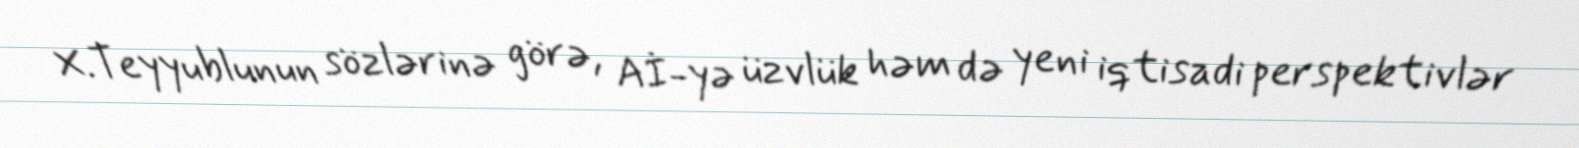
X.Teyyublunun sözlərinə görə, Aİ-yə üzvlük həm də yeni iqtisadi perspektivlər